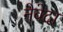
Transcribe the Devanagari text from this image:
नेवेदा